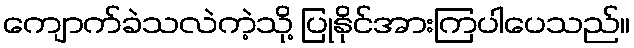
ကျောက်ခဲသလဲကဲ့သို့ ပြုနိုင်အားကြပါပေသည်။